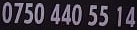
0750 440 55 14